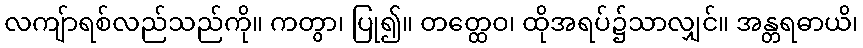
လကျ်ာရစ်လည်သည်ကို။ ကတွာ၊ ပြု၍။ တတ္ထေဝ၊ ထိုအရပ်၌သာလျှင်။ အန္တရဓာယိ၊